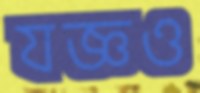
যজ্ঞও